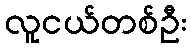
လူငယ်တစ်ဦး